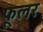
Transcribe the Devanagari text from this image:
फूलर